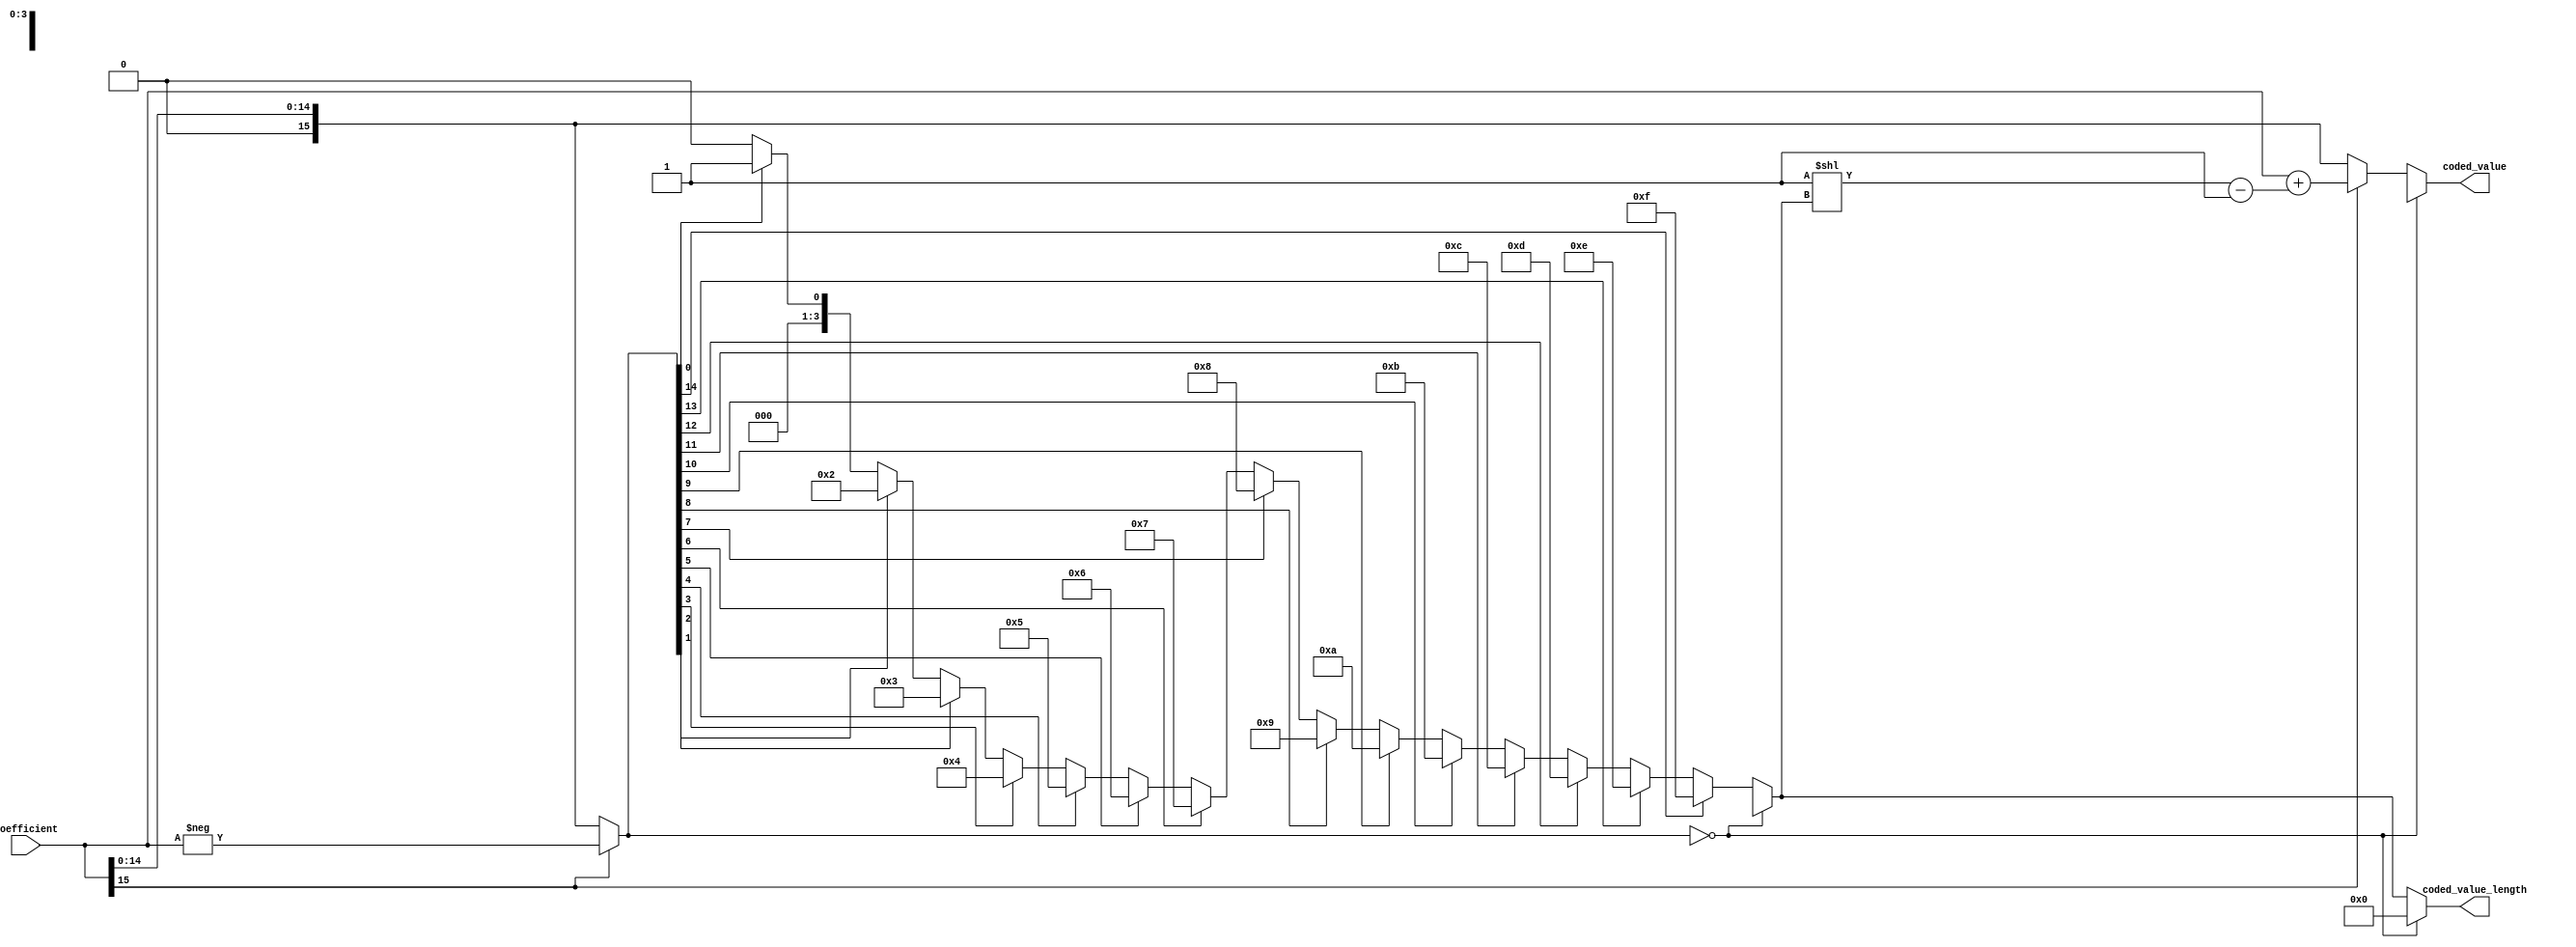
`timescale 1ns/100ps

/**
 * Last paragraph of F.1.2.1.1 tells us how to convert coefficient values to coded values
 *
 * length = 1, values [ -1,  -1] --> [  0,   0]
 *             values [  1,   1] --> [  1,   1]
 *
 * length = 2, values [ -3,  -2] --> [  0,   1]
 *             values [  2,   3] --> [  2,   3]
 *
 * length = 3, values [ -7,  -4] --> [  0,   3]
 *             values [  4,   7] --> [  4,   7]
 *
 */
module coefficient_encoder(input signed [15:0] coefficient,
                           output reg [15:0] coded_value,
                           output reg  [3:0] coded_value_length);
    reg [15:0] absolute_value;

    always @* begin
        absolute_value = (coefficient[15] == 1'b1) ? (-coefficient) : (coefficient);
    end

    integer i;
    always @* begin
        if (absolute_value == 16'h0) begin
            coded_value = 16'hxxxx;
            coded_value_length = 4'h0;
        end else begin
            coded_value_length = 'h0;

            // just gonna unroll this loop myself? yosys complains about the index variable i being
            // an inferred latch...
            coded_value_length = 0;
            if (absolute_value[0]) coded_value_length = 1;
            if (absolute_value[1]) coded_value_length = 2;
            if (absolute_value[2]) coded_value_length = 3;
            if (absolute_value[3]) coded_value_length = 4;
            if (absolute_value[4]) coded_value_length = 5;
            if (absolute_value[5]) coded_value_length = 6;
            if (absolute_value[6]) coded_value_length = 7;
            if (absolute_value[7]) coded_value_length = 8;
            if (absolute_value[8]) coded_value_length = 9;
            if (absolute_value[9]) coded_value_length = 10;
            if (absolute_value[10]) coded_value_length = 11;
            if (absolute_value[11]) coded_value_length = 12;
            if (absolute_value[12]) coded_value_length = 13;
            if (absolute_value[13]) coded_value_length = 14;
            if (absolute_value[14]) coded_value_length = 15;

            if (coefficient[15]) begin
                coded_value = coefficient + ((1 << coded_value_length) - 16'h1);
            end else begin
                coded_value = coefficient;
            end
        end
    end
endmodule